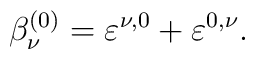
\beta _\nu ^{(0)}=\varepsilon ^{\nu ,0}+\varepsilon ^{0,\nu }.